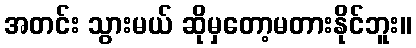
အတင်း သွားမယ် ဆိုမှတော့မတားနိုင်ဘူး။